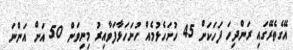
އޭގެތެރޭގައި ރަންދިހަ ފަހަކަށް 45 ހުށަހެޅުމެއް ހުށަހަޅާފަވާއިރު މިނިވަން 50 އަށް އަންނަ